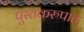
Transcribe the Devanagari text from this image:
पुस्तकरुपात